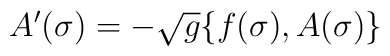
A'(\sigma) = -\sqrt{g}\{f(\sigma),A(\sigma)\}